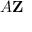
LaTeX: { \boldsymbol { A } } \mathbf { Z }